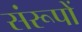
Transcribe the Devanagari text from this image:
संरूपों